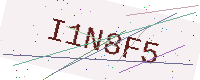
Text: I1N8F5